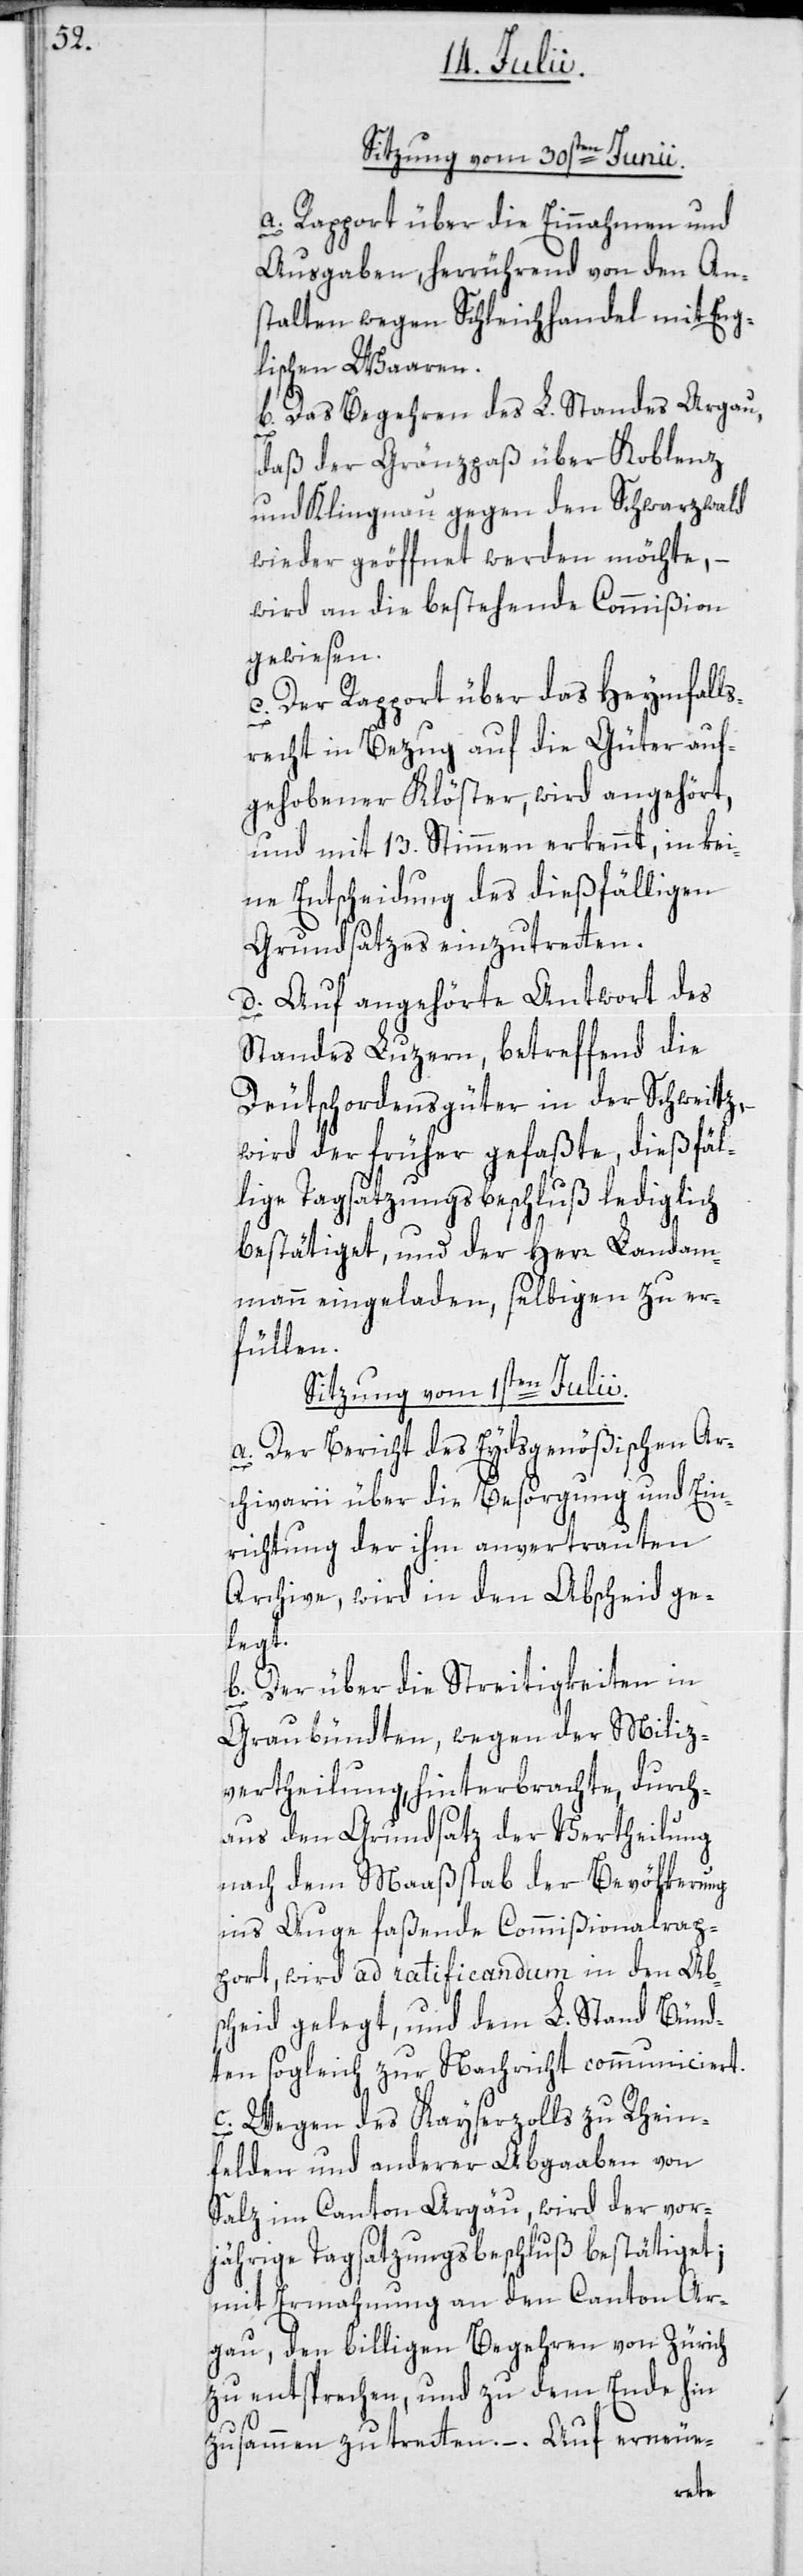
Sitzung vom 30sten Junii.
a. Rapport über die Einnahmen und
Ausgaben, herrührend von den An¬
stalten wegen Schleichhandel mit Eng¬
lischen Waaren.
b. Das Begehren des L. Standes Argau,
daß der Gränzpaß über Koblenz
und Klingnau gegen den Schwarzwald
wieder geöffnet werden möchte, –
wird an die bestehende Commißion
gewiesen.
c. Der Rapport über das Heymfalls¬
recht in Bezug auf die Güter auf¬
gehobener Klöster, wird angehört,
und mit 13. Stimmen erkennt, in kei¬
ne Entscheidung des dießfälligen
Grundsatzes einzutretten.
d. Auf angehörte Antwort des
Standes Luzern, betreffend die
Deutschordensgüter in der Schweitz,
wird der früher gefaßte dießfäl¬
lige Tagsatzungsbeschluß lediglich
bestätiget, und der Herr Landam¬
mann eingeladen, selbigen zu er¬
füllen.
Sitzung vom 1sten Julii.
a. Der Bericht des Eydsgenößischen Ar¬
chivarii über die Besorgung und Ein¬
richtung der ihm anvertrauten
Archive, wird in den Abscheid ge¬
legt.
b. Der über die Streitigkeiten in
Graubündten, wegen der Miliz¬
vertheilung, hinterbrachte, durch¬
aus den Grundsatz der Vertheilung
nach dem Maaßstab der Bevölkerung
ins Auge faßende Commißionalrap¬
port, wird ad ratificandum in den Abs¬
cheid gelegt, und dem L. Stand Bünd¬
ten sogleich zur Nachricht communiciert.
c. Wegen des Kayserzolls zu Rhein¬
felden und anderer Abgaaben von
Salz im Canton Argäu, wird der vor¬
jährige Tagsatzungsbeschluß bestätiget;
mit Ermahnung an den Canton Ar¬
gau, den billigen Begehren von Zürich
zu entsprechen, und zu dem Ende hin
zusammen zu tretten. –. Auf erneue-